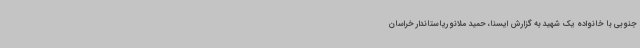
جنوبی با خانواده یک شهید به گزارش ایسنا، حمید ملانوریاستاندار خراسان